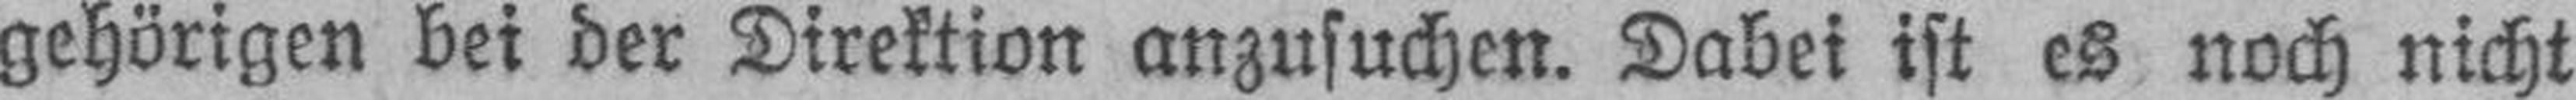
gehörigen bei der Direktion anzusuchen. Dabei ist es noch nicht